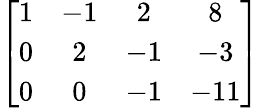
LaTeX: \left[{\begin{array}{cccc}{1}&{-1}&{2}&{8}\\ {0}&{2}&{-1}&{-3}\\ {0}&{0}&{-1}&{-11}\end{array}}\right]